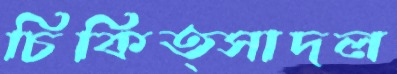
চিকিত্সাদল